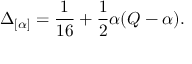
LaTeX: \Delta _ { [ \alpha ] } = \frac { 1 } { 1 6 } + \frac { 1 } { 2 } \alpha ( Q - \alpha ) .